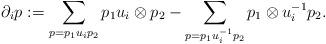
LaTeX: \begin{align*}\partial_i p:= \sum_{p=p_1u_ip_2} p_1u_i \otimes p_2- \sum_{p=p_1u_i^{-1}p_2} p_1 \otimes u_i^{-1}p_2.\end{align*}